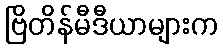
ဗြိတိန်မီဒီယာများက